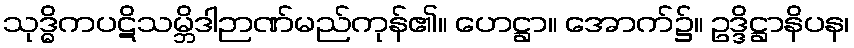
သုဒ္ဓိကပဋိသမ္ဘိဒါဉာဏ်မည်ကုန်၏။ ဟေဋ္ဌာ။ အောက်၌။ ဥဒ္ဒိဋ္ဌာနိပန၊